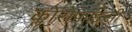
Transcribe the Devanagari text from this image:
क्लोरोफाइसी